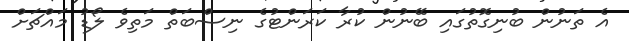
އެ ތަނުން ބުނިގޮތުގައި ބޭނުން ކުރާ ކަރަންޓުގެ ނިސްބަތް މަތިވެ ލޯޑު މައްޗަށް